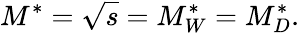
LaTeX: M^{*}=\sqrt{s}=M_{W}^{*}=M_{D}^{*}.